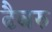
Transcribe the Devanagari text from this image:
ढैबरु